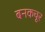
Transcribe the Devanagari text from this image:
बनकचूर